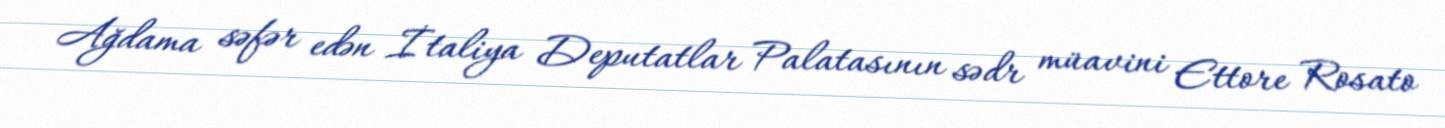
Ağdama səfər edən İtaliya Deputatlar Palatasının sədr müavini Ettore Rosato